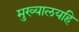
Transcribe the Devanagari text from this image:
मुख्यालयहि